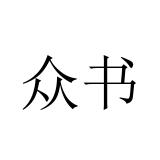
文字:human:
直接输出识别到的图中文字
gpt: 众书